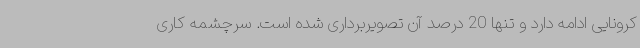
کرونایی ادامه دارد و تنها 20 درصد آن تصویربرداری شده است. سرچشمه کاری